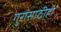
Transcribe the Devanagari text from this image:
गुरांसाठीही